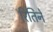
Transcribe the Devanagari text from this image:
रितिने